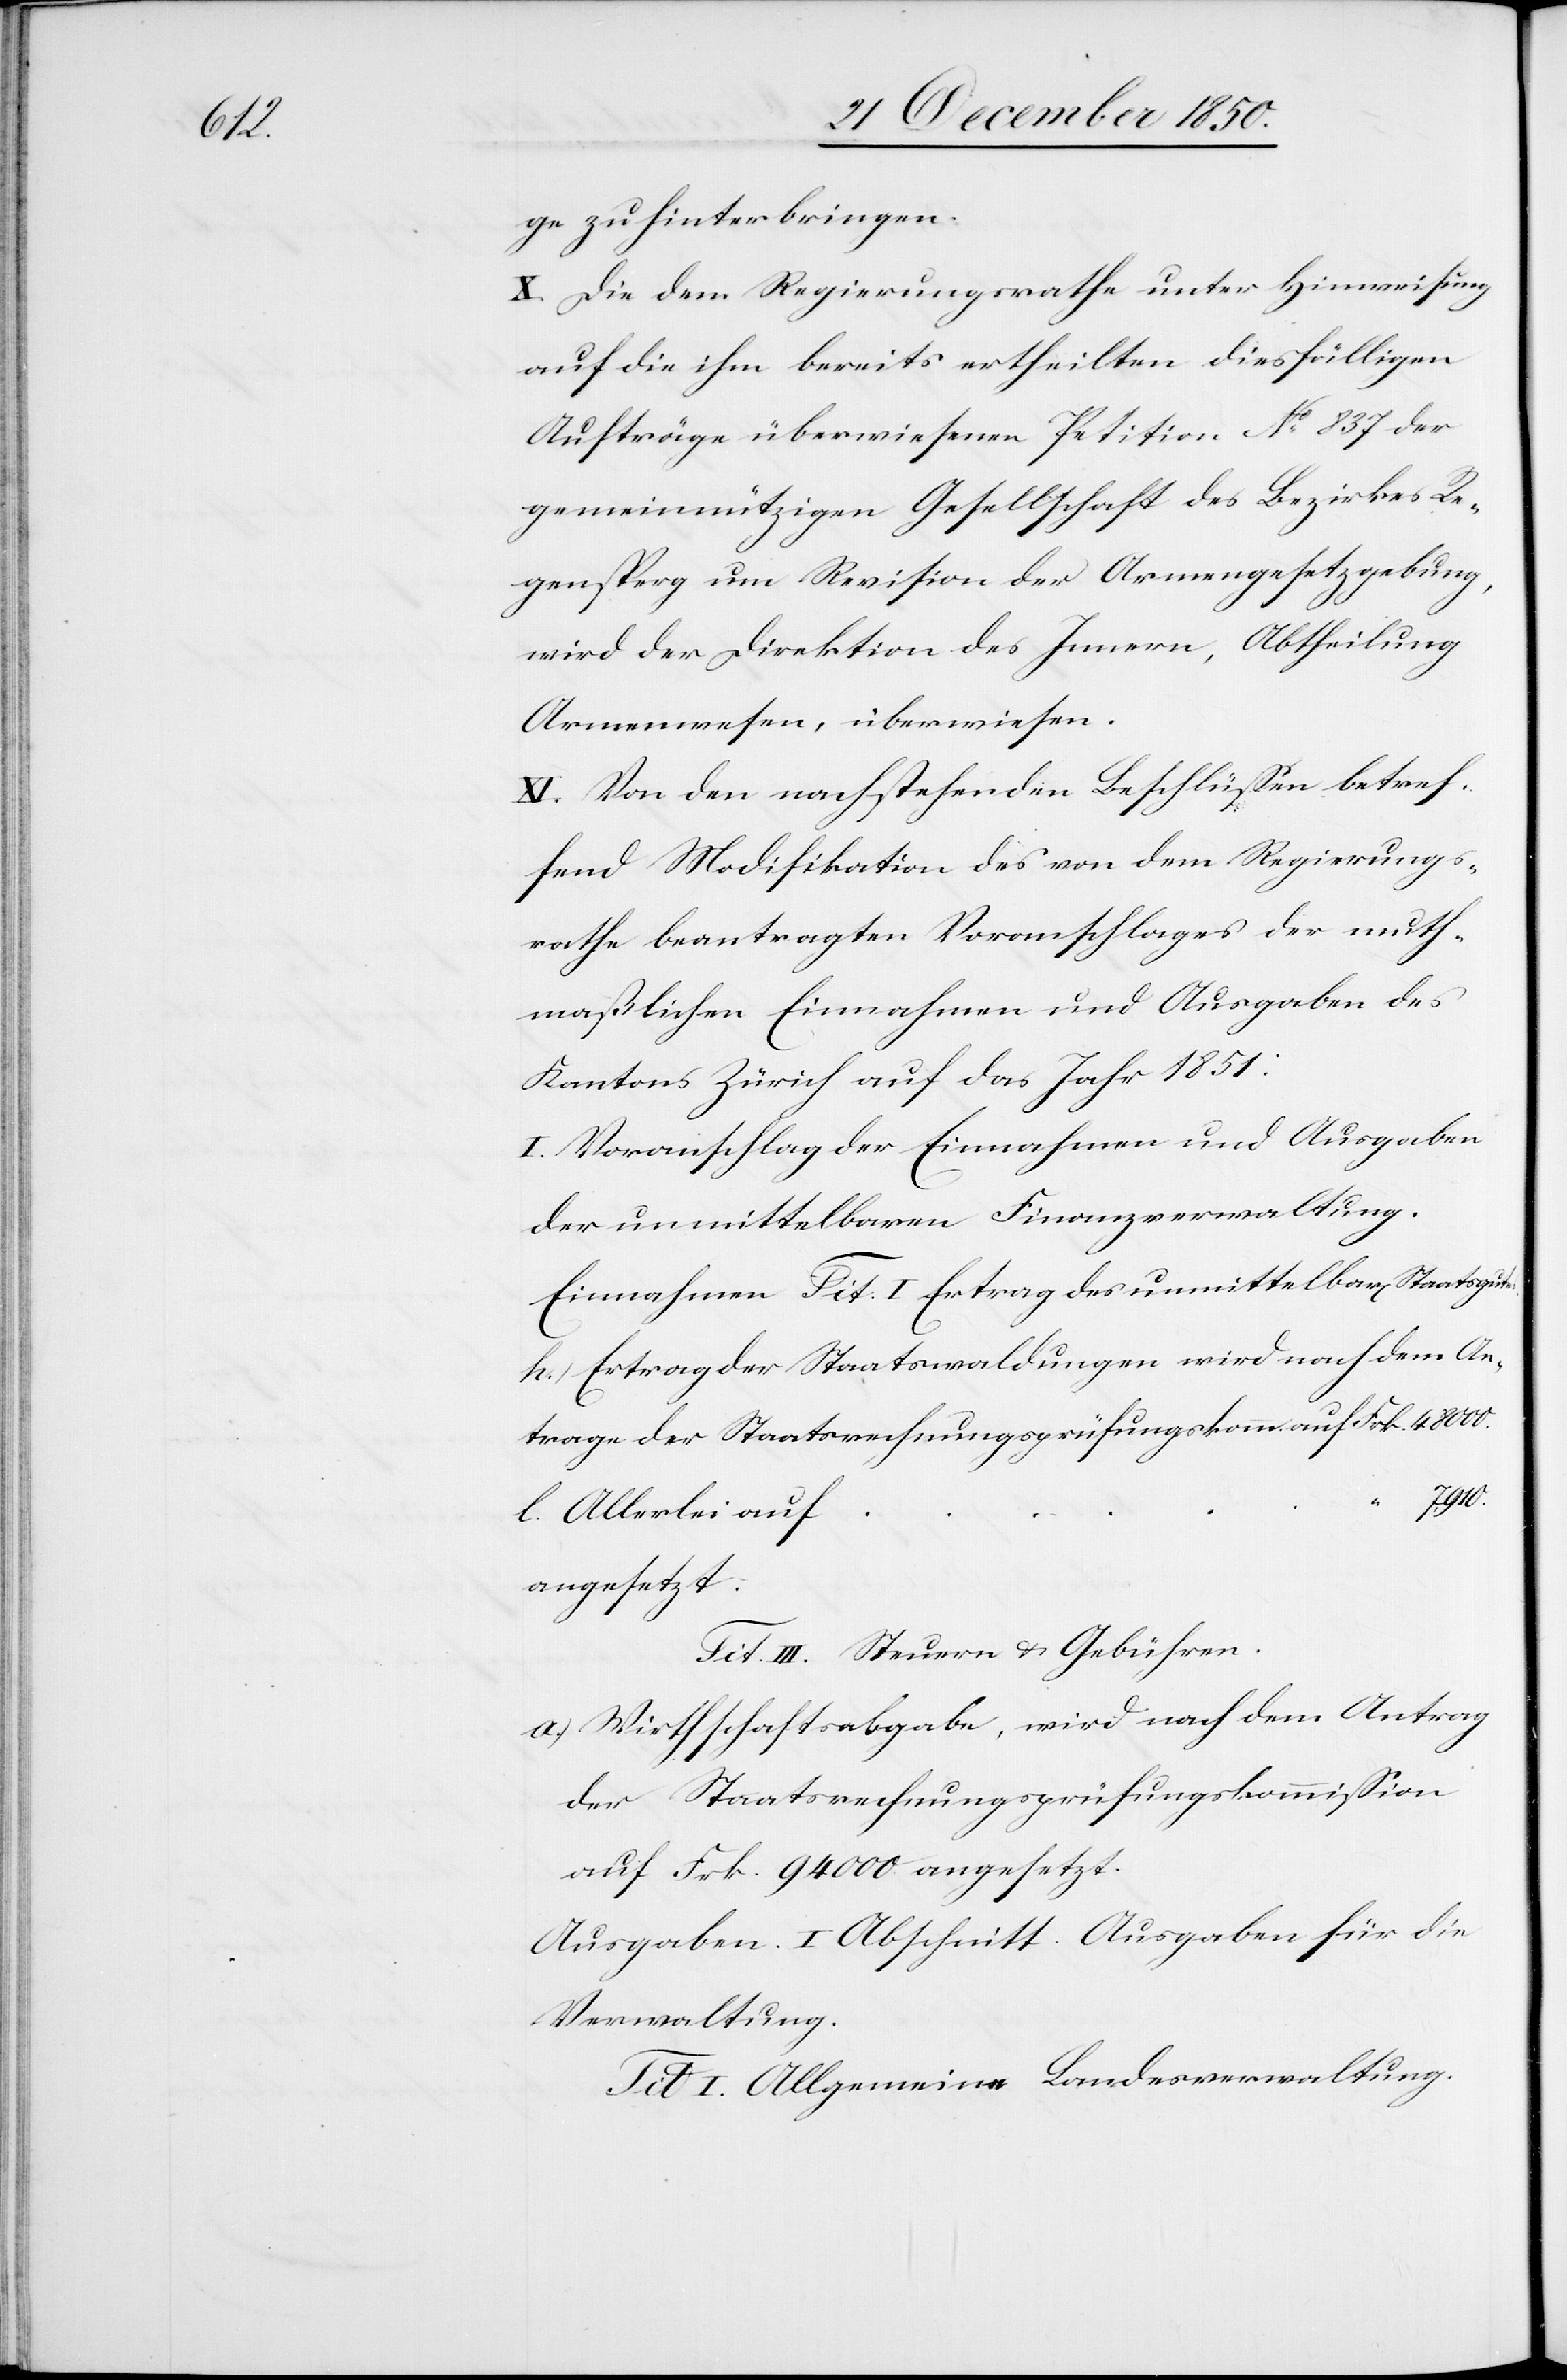
Allerlei

ge zu hinterbringen.
X. Die dem Regierungsrathe unter Hinweisung
auf die ihm bereits ertheilten diesfälligen
Aufträge überwiesenen Petition No 837 der
gemeinnützigen Gesellschaft des Bezirkes Re¬
gensperg um Revision der Armengesetzgebung,
wird der Direktion des Innern, Abtheilung
Armenwesen, überwiesen.
XI. Von den nachstehenden Beschlüssen betref¬
fend Modifikation des von dem Regierungs¬
rathe beantragten Voranschlages der muth¬
maßlichen Einnahmen und Ausgaben des
Kantons Zürich auf das Jahr 1851:
I. Voranschlag der Einnahmen und Ausgaben
der unmittelbaren Finanzverwaltung.
Einnahmen Tit. I Ertrag des unmittelbar[en] Staatsgutes
h.) Ertrag der Staatswaldungen wird nach dem An¬
trage der Staatsrechnungsprüfungskomm. auf 										F¬
angesetzt.
Tit. III. Steuern u. Gebühren.
a.) Wirthschaftsabgabe, wird nach dem Antrag
der Staatsrechnungsprüfungskommission
auf Frk. 94 000 angesetzt.
Ausgaben. I. Abschnitt. Ausgaben für die
Verwaltung.
Tit. I. Allgemeine Landesverwaltung.